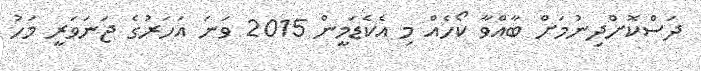
ދަސްކޮށްދިނުމަށް ބާއްވާ ކޯހެއް މި އެކެޑަމީން 2015 ވަނަ އަހަރުގެ ޖަނަވަރީ މަހު